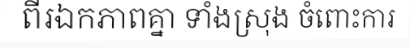
ពីរឯកភាពគ្នា ទាំងស្រុង ចំពោះការ